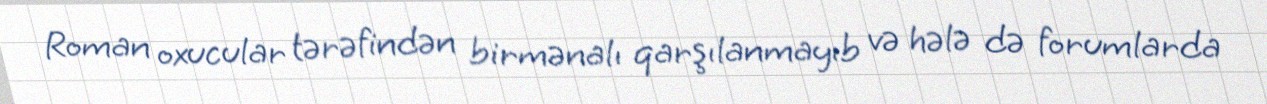
Roman oxucular tərəfindən birmənalı qarşılanmayıb və hələ də forumlarda